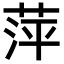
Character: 萍